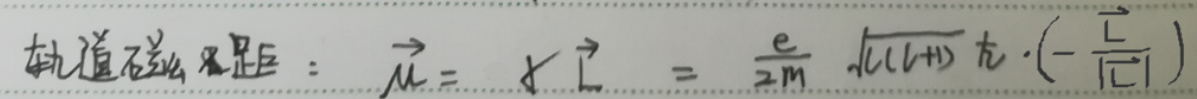
轨道磁矩：$\vec{\mu} = g\vec{L}=\frac{e}{2m}\sqrt{l(l + 1)}\hbar\cdot(-\frac{\vec{L}}{\vert\vec{L}\vert})$